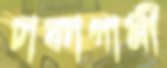
ঢাকাগামী